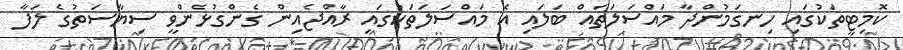
ކޮމިޓީތަކުގައި ހިނގަމުންދާ މައްސަލަތައް ބަލައި އެ މައްސަލަތަކުގައި ރާއްޖެއިން ގެންގުޅެންވީ ސިޔާސަތުގެ ލަފާ